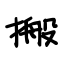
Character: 搬